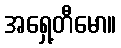
အရှေ့တီမော။